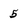
Character: 5